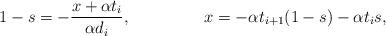
LaTeX: \begin{align*}1-s &= -\frac{x+\alpha t_{i}}{\alpha d_i}, &x &= -\alpha t_{i+1}(1-s) -\alpha t_i s,\end{align*}